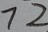
7 2